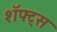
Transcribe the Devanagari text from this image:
शॅफ्ट्स